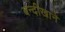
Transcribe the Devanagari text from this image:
बन्दीखाने